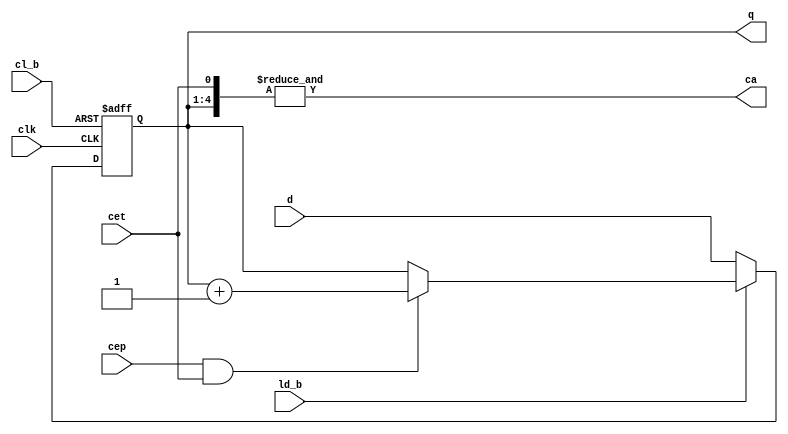
// This program was cloned from: https://github.com/jotego/jtcores
// License: GNU General Public License v3.0


// synchronous presettable 4-bit binary counter, asynchronous clear
module jt74161(
	input cet,
	input cep,
	input ld_b,
	input clk,
	input cl_b,
	input [3:0] d,
	output reg [3:0] q,
	output ca
 );

	assign ca = &{q, cet};

	initial q=4'd0;

	always @(posedge clk or negedge cl_b)
		if( !cl_b )
			q <= 4'd0;
		else begin
			if(!ld_b) q <= d;
			else if( cep&&cet ) q <= q+4'd1;
		end

endmodule // jt74161

// synchronous presettable 4-bit binary counter, synchronous clear
module jt74163(
	input cet,
	input cep,
	input ld_b,
	input clk,
	input cl_b,
	input [3:0] d,
	output reg [3:0] q,
	output ca
 );

	assign ca = &{q, cet};

	initial q=4'd0;

	always @(posedge clk)
		if( !cl_b )
			q <= 4'd0;
		else begin
			if(!ld_b) q <= d;
			else if( cep&&cet ) q <= q+4'd1;
		end

endmodule // jt74163

// Dual D-type flip-flop with set and reset; positive edge-trigger
module jt7474(
	input d,
	input pr_b,
	input cl_b,
	input clk,
	output reg q,
	output q_b
);

	assign q_b = ~q;

	initial q=1'b0;

	always @( posedge clk or negedge cl_b or negedge pr_b )
		if( !pr_b ) q <= 1'b1;
		else if(!cl_b) q <= 1'b0;
		else if( clk ) q <= d;

endmodule

// 3-to-8 line decoder/demultiplexer; inverting
module jt74138(
	input e1_b,
	input e2_b,
	input e3,
	input [2:0] a,
	output [7:0] y_b
);
	reg [7:0] yb_nodly;
	always @(*)
		if( e1_b || e2_b || !e3 )
			yb_nodly <= 8'hff;
		else yb_nodly = ~ ( 8'b1 << a );
	assign #2 y_b = yb_nodly;
endmodule

// Dual 2-to-4 line decoder/demultiplexer
module jt74139(
	input 	en1_b,
	input 		[1:0] 		a1,
	output  	[3:0] 		y1_b,
	input 	en2_b,
	input 		[1:0] 		a2,
	output  	[3:0] 		y2_b
);
	assign #2 y1_b = en1_b ? 4'hf : ~( (4'b1)<<a1 );
	assign #2 y2_b = en2_b ? 4'hf : ~( (4'b1)<<a2 );
endmodule

module jt74112(
	input  pr_b,
	input  cl_b,
	input  clk_b,
	input  j,
	input  k,
	output reg q,
	output q_b
);

	assign q_b = ~q;

	initial q=1'b0;

	always @( negedge clk_b or negedge pr_b or negedge cl_b )
		if( !pr_b ) q <= 1'b1;
		else if( !cl_b ) q <= 1'b0;
		else if( !clk_b )
			case( {j,k} )
				2'b01: q<=1'b0;
				2'b10: q<=1'b1;
				2'b11: q<=~q;
			endcase // {j,k}

endmodule

// Octal bus transceiver; 3-state
module jt74245(
	inout [7:0] a,
	inout [7:0] b,
	input dir,
	input en_b
);

	assign #2 a = en_b || dir  ? 8'hzz : b;
	assign #2 b = en_b || !dir ? 8'hzz : a;

endmodule

// Octal D-type flip-flop with reset; positive-edge trigger
module jt74233(
	input [7:0] d,
	output reg [7:0] q,
	input cl_b, // CLEAR, reset
	input clk
);
	initial q=8'd0;
	always @(posedge clk or negedge cl_b)
		if( !cl_b ) q<=8'h0;
		else q<= d;

endmodule

// Hex D-type flip-flop with reset; positive-edge trigger
module jt74174(
	input [5:0] d,
	output reg [5:0] q,
	input cl_b, // CLEAR, reset
	input clk
);
	initial q=6'd0;
	always @(posedge clk or negedge cl_b)
		if( !cl_b ) q<=6'h0;
		else q<= d;

endmodule

module jt74367(
	input [5:0] A,
	output [5:0] Y,
	input en4_b,
	input en6_b
);
	assign #2 Y[3:0] = !en4_b ? A[3:0] : 4'hz;
	assign #2 Y[5:4] = !en6_b ? A[5:4] : 2'hz;
endmodule

// 4-bit bidirectional universal shift register
module jt74194(
	input [3:0] D,
	input [1:0] S,
	input clk,
	input cl_b,
	input R, 	// right
	input L,  	// left
	output reg [3:0] Q
);
	// reg clk2;
	// always @(clk)
	// 	clk2 = #1 clk;

	always @(posedge clk)
		if( !cl_b )
			Q <= 4'd0;
		else case( S )
			2'b10: Q <= { L, Q[3:1] };
			2'b01: Q <= { Q[2:0], R };
			2'b11: Q <= D;
		endcase
endmodule

module jt74157(
	input	sel,
	input	st_l,
	input	[3:0] A,
	input	[3:0] B,
	output	[3:0] Y
);
	reg [3:0] y_nodly;
	assign #2 Y = y_nodly;
	always @(*)
		if( st_l ) y_nodly = 4'd0;
		else y_nodly = sel ? B : A;

endmodule

// Octal D-type flip-flop with reset; positive-edge trigger
module jt74273(
	input	[7:0] d,
	input	clk,
	input	cl_b,
	output	reg [7:0] q
);

	always @(posedge clk or negedge cl_b)
		if(!cl_b)
			q <= 8'd0;
		else if(clk) q<=d;

endmodule

// 4-bit binary full adder with fast carry
module jt74283(
	input [3:0] a,
	input [3:0] b,
	input 		cin,
	output  [3:0] s,
	output 	cout
);
	assign #2 {cout,s} = a+b+cin;

endmodule

// Quad 2-input multiplexer; 3-state
module jt74257(
	input sel,
	input en_b,
	input [3:0] a,
	input [3:0] b,
	output [3:0] y
);

reg [3:0] y_nodly;
assign #2 y = y_nodly;

always @(*)
	if( !en_b )
		y_nodly = sel ? b : a;
	else
		y_nodly = 4'hz;

endmodule

// 8-bit addressable latch
module jt74259(
	input		D,
	input [2:0] A,
	input		LE_b,
	input		MR_b,
	output reg [7:0]	Q
);

initial Q=8'd0;

always @(*)
	if(!MR_b) Q=8'd0;
		else if(!LE_b) Q[A] <= D;

endmodule